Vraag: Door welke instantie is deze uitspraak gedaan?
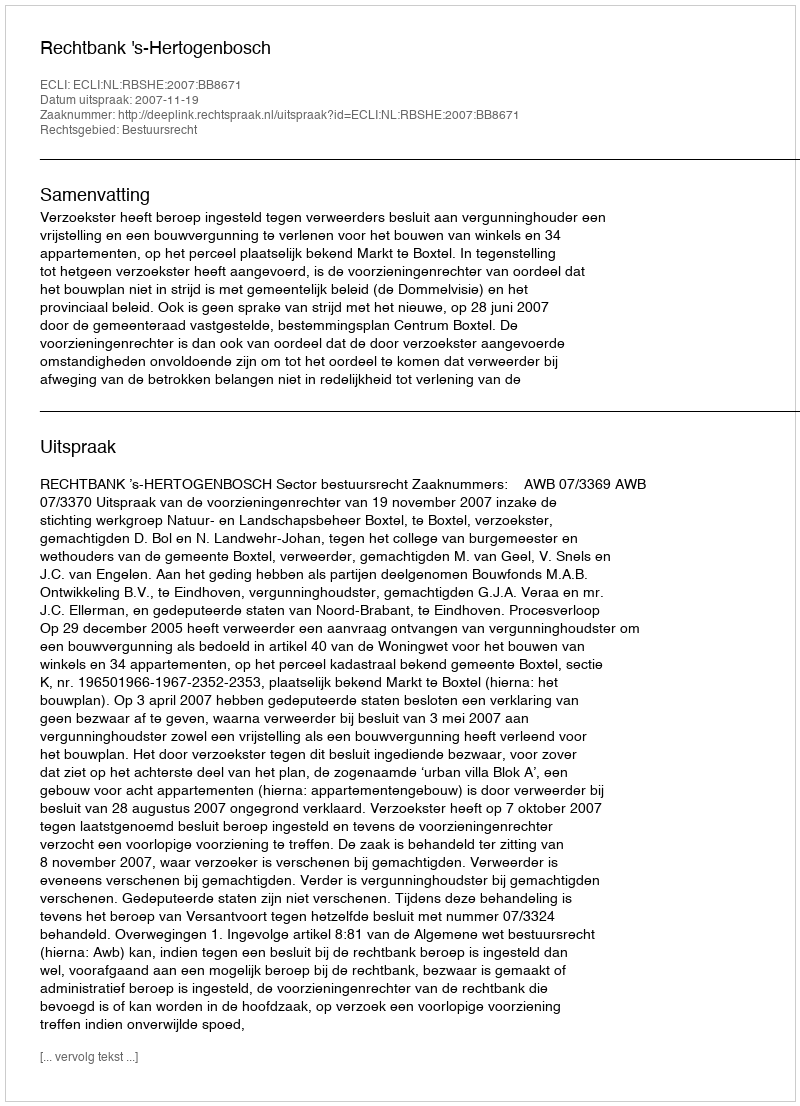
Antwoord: Rechtbank 's-Hertogenbosch